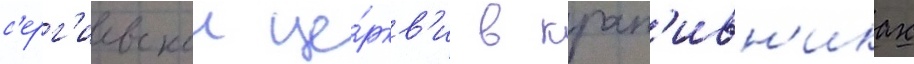
с'ерг'иевскои це́ркв'и в крап'ивн'иках